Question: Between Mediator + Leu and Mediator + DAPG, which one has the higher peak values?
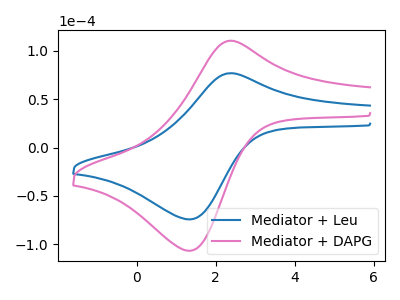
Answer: <think>The blue curve "Mediator + Leu" has an anodic peak at (2.40V, 76.75uA) and a cathodic peak at (1.35V, -74.25uA). The pink curve "Mediator + DAPG" has an anodic peak at (2.40V, 110.30uA) and a cathodic peak at (1.35V, -106.65uA).</think>
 <answer>Every peak in "Mediator + Leu" is lower than every peak in "Mediator + DAPG".</answer>
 <eval>lower</eval>